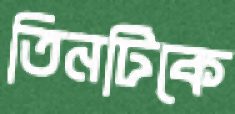
তিনটিকে